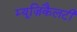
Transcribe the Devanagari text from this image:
म्यूज़िकैलटी